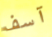
آسف